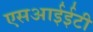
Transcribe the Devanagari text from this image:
एसआईईटी